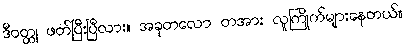
ဒီဝတ္ထု ဖတ်ပြီးပြီလား။ အခုတလော တအား လူကြိုက်များနေတယ်။